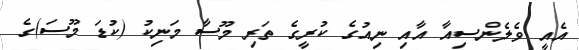
އެއީ ވެލެންސިއާ އާއި ނިއުގެ ކުރީގެ ތަރި މޫސާ މަނިކު (ކުޑަ މޫސަ)ގެ